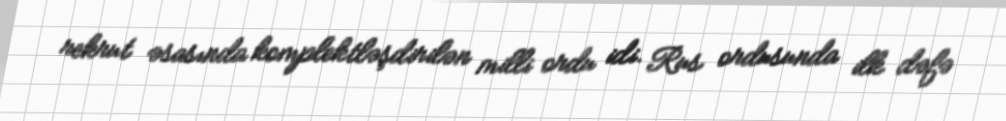
rekrut əsasında komplektləşdirilən milli ordu idi. Rus ordusunda ilk dəfə